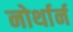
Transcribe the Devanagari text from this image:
नोर्थार्न